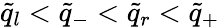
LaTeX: \tilde{q}_{l}<\tilde{q}_{-}<\tilde{q}_{r}<\tilde{q}_{+}